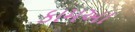
કામઆ